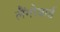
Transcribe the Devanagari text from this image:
लैंगोबार्ड